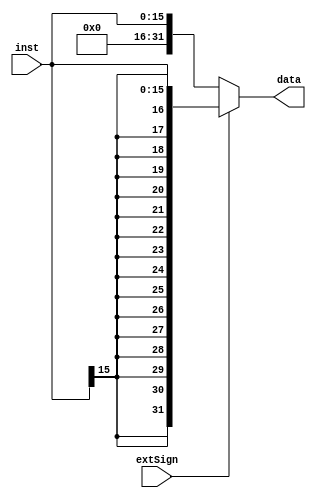
`timescale 1ns / 1ps
//////////////////////////////////////////////////////////////////////////////////
// Company: 
// Engineer: 
// 
// Design Name: 
// Module Name: signext
// Project Name: 
// Target Devices: 
// Tool Versions: 
// Description: 
// 
// Dependencies: 
// 
// Revision:
// Revision 0.01 - File Created
// Additional Comments:
// 
//////////////////////////////////////////////////////////////////////////////////

module signext(
    input extSign,
    input [15 : 0] inst,
    output [31 : 0] data
    );
    
assign data = (extSign ? { {16 {inst[15]}}, inst[15 : 0] } : { 16'h0000, inst[15 : 0] });
endmodule